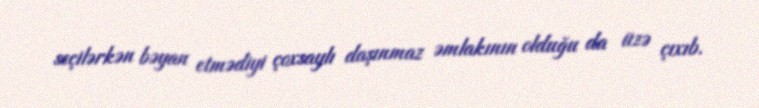
seçilərkən bəyan etmədiyi çoxsaylı daşınmaz əmlakının olduğu da üzə çıxıb.